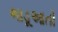
ભાડૂઆતો